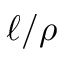
\ell / \rho